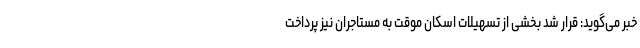
خبر می‌گوید: قرار شد بخشی از تسهیلات اسکان موقت به مستاجران نیز پرداخت